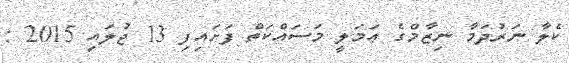
ކެލާ ނަރުދަމާ ނިޒާމްގެ ޢަމަލީ މަސައްކަތް ފަށައިފި 13 ޖުލައި 2015 :